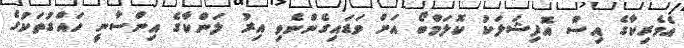
އެމެރިކާގެ އިސް އޮފިޝަލަކު ކޮލަމްބޯ އަށް ވަޑައިގެންނެވި އިރު ލަންކާގެ އިންސާނީ ހައްގުތަކުގެ